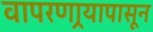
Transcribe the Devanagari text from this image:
वापरणार्‍यापासून